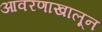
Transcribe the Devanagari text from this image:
आवरणाखालून